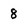
Character: 8